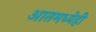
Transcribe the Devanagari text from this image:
आतमध्येही